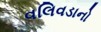
વલિવડાનો